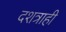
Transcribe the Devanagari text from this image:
दशत्राही